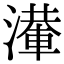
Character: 𣿢